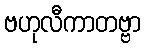
ဗဟုလီကာတဗ္ဗာ